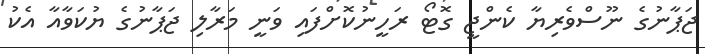
ޖަޕާނުގެ ނޫސްވެރިޔާ ކެންޖީ ގޮޓޯ ރަހީނުކޮށްފައި ވަނީ މަރާލި ޖަޕާނުގެ ޔުކަވާއާ އެކު